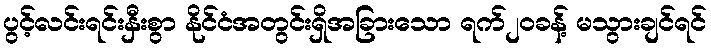
ပွင့်လင်းရင်းနှီးစွာ နိုင်ငံအတွင်းရှိအခြားသော ရက်၂၀ခန့် မသွားချင်ရင်